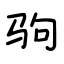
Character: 驹